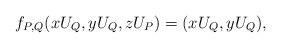
LaTeX: \begin{align*} f_{P,Q}(xU_Q, yU_Q, zU_P) = (xU_Q, yU_Q), \end{align*}